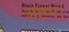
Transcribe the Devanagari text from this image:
अष्टम।